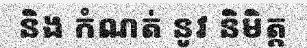
និង កំណត់ នូវ និមិត្ត